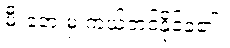
မီးဘေးမှ ကယ်တင်နိုင်ခဲ့၏။